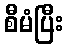
စီမံပြီး